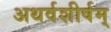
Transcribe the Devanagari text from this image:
अथर्वशीर्षम्